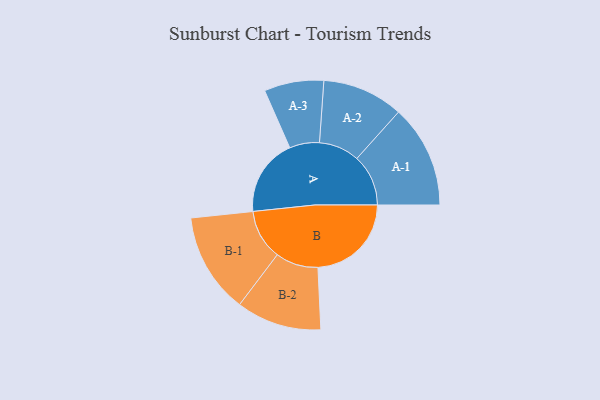
{"axis": {"x": "Segment", "y": "Value"}, "legend": ["", "A", "B"], "data": [{"x": "A", "y": 368, "type": ""}, {"x": "B", "y": 445, "type": ""}, {"x": "A-1", "y": 245, "type": "A"}, {"x": "A-2", "y": 193, "type": "A"}, {"x": "A-3", "y": 142, "type": "A"}, {"x": "B-1", "y": 239, "type": "B"}, {"x": "B-2", "y": 203, "type": "B"}]}